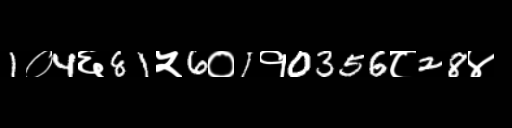
Text: 1०4६81५6०1१0356८28४